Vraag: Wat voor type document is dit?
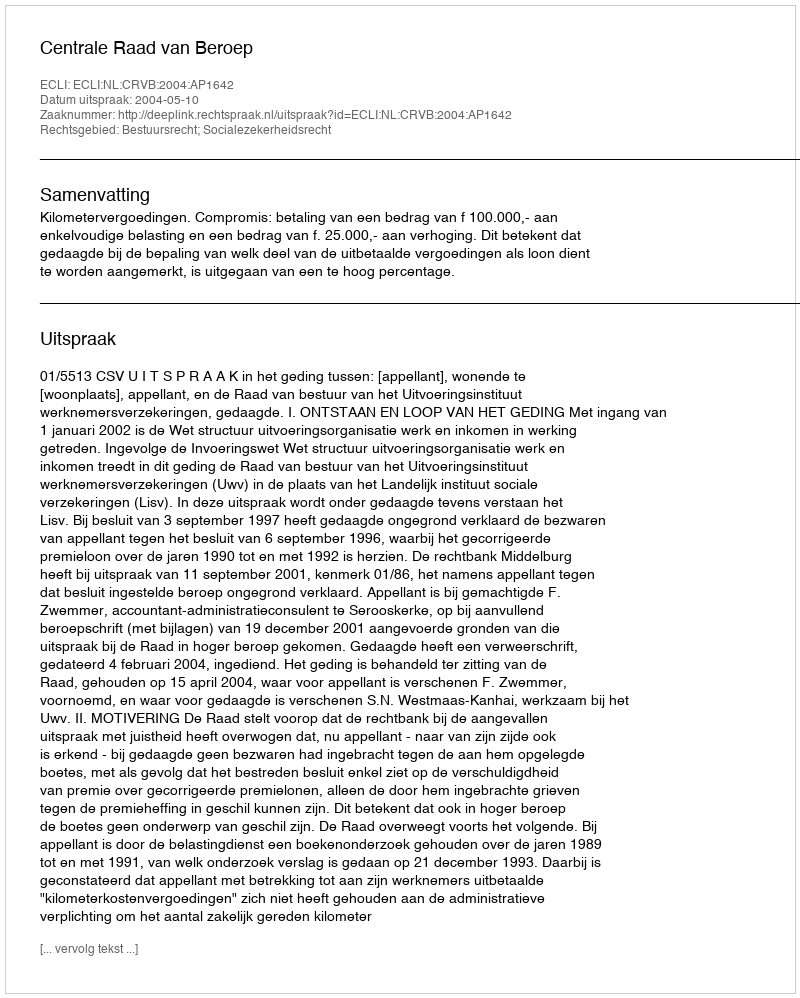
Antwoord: Uitspraak